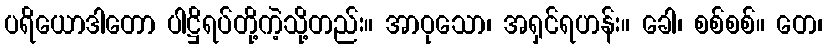
ပရိယောဒါတော ပါဋ္ဌိရပ်တို့ကဲ့သို့တည်း။ အာဝုသော၊ အရှင်ရဟန်း။ ခေါ၊ စစ်စစ်။ တေ၊